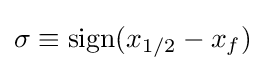
\sigma \equiv {\text{sign}}(x_{1/2}-x_{f})